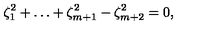
\zeta _ { 1 } ^ { 2 } + \ldots + \zeta _ { m + 1 } ^ { 2 } - \zeta _ { m + 2 } ^ { 2 } = 0 ,